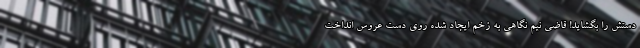
دستش را بگشاید! قاضی نیم نگاهی به زخم ایجاد شده روی دست عروس انداخت